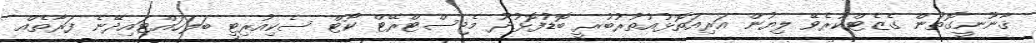
ޤާނޫނީގޮތުން ގެޒެޓްކުރެވޭ ލިޔުން އަރިއަތޮޅުއުތުރުބުރީ ބޮޑުފޮޅުދޫ މެޖިސްޓްރޭޓް ކޯޓް ސެކިއުރިޓީ ބަލަހައްޓައިދޭނެ ފަރާތެއް